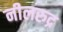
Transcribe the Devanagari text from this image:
नीलरुद्र